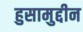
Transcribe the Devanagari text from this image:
हुसामुद्दीन